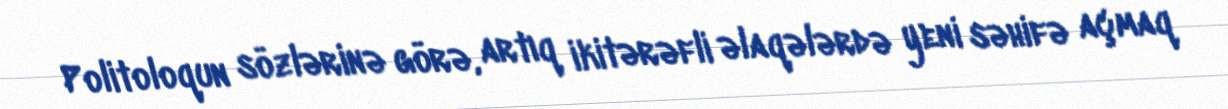
Politoloqun sözlərinə görə, artıq ikitərəfli əlaqələrdə yeni səhifə açmaq